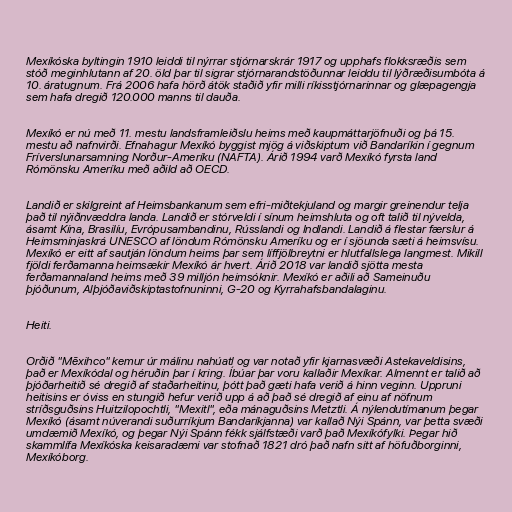
Mexíkóska byltingin 1910 leiddi til nýrrar stjórnarskrár 1917 og upphafs flokksræðis sem
stóð meginhlutann af 20. öld þar til sigrar stjórnarandstöðunnar leiddu til lýðræðisumbóta á
10. áratugnum. Frá 2006 hafa hörð átök staðið yfir milli ríkisstjórnarinnar og glæpagengja
sem hafa dregið 120.000 manns til dauða.

Mexíkó er nú með 11. mestu landsframleiðslu heims með kaupmáttarjöfnuði og þá 15.
mestu að nafnvirði. Efnahagur Mexíkó byggist mjög á viðskiptum við Bandaríkin í gegnum
Fríverslunarsamning Norður-Ameríku (NAFTA). Árið 1994 varð Mexíkó fyrsta land
Rómönsku Ameríku með aðild að OECD.

Landið er skilgreint af Heimsbankanum sem efri-miðtekjuland og margir greinendur telja
það til nýiðnvæddra landa. Landið er stórveldi í sínum heimshluta og oft talið til nývelda,
ásamt Kína, Brasilíu, Evrópusambandinu, Rússlandi og Indlandi. Landið á flestar færslur á
Heimsminjaskrá UNESCO af löndum Rómönsku Ameríku og er í sjöunda sæti á heimsvísu.
Mexíkó er eitt af sautján löndum heims þar sem líffjölbreytni er hlutfallslega langmest. Mikill
fjöldi ferðamanna heimsækir Mexíkó ár hvert. Árið 2018 var landið sjötta mesta
ferðamannaland heims með 39 milljón heimsóknir. Mexíkó er aðili að Sameinuðu
þjóðunum, Alþjóðaviðskiptastofnuninni, G-20 og Kyrrahafsbandalaginu.

Heiti.

Orðið "Mēxihco" kemur úr málinu nahúatl og var notað yfir kjarnasvæði Astekaveldisins,
það er Mexíkódal og héruðin þar í kring. Íbúar þar voru kallaðir Mexíkar. Almennt er talið að
þjóðarheitið sé dregið af staðarheitinu, þótt það gæti hafa verið á hinn veginn. Uppruni
heitisins er óviss en stungið hefur verið upp á að það sé dregið af einu af nöfnum
stríðsguðsins Huitzilopochtli, "Mexitl", eða mánaguðsins Metztli. Á nýlendutímanum þegar
Mexíkó (ásamt núverandi suðurríkjum Bandaríkjanna) var kallað Nýi Spánn, var þetta svæði
umdæmið Mexíkó, og þegar Nýi Spánn fékk sjálfstæði varð það Mexíkófylki. Þegar hið
skammlífa Mexíkóska keisaradæmi var stofnað 1821 dró það nafn sitt af höfuðborginni,
Mexíkóborg.